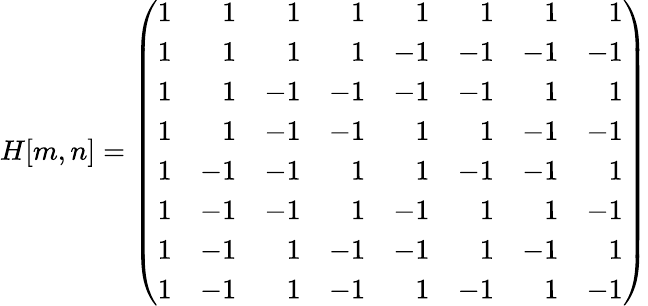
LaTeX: H[m,n]=\left({\begin{array}{rrrrrrrr}{1}&{1}&{1}&{1}&{1}&{1}&{1}&{1}\\ {1}&{1}&{1}&{1}&{-1}&{-1}&{-1}&{-1}\\ {1}&{1}&{-1}&{-1}&{-1}&{-1}&{1}&{1}\\ {1}&{1}&{-1}&{-1}&{1}&{1}&{-1}&{-1}\\ {1}&{-1}&{-1}&{1}&{1}&{-1}&{-1}&{1}\\ {1}&{-1}&{-1}&{1}&{-1}&{1}&{1}&{-1}\\ {1}&{-1}&{1}&{-1}&{-1}&{1}&{-1}&{1}\\ {1}&{-1}&{1}&{-1}&{1}&{-1}&{1}&{-1}\end{array}}\right)